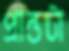
প্রান্তটা